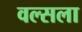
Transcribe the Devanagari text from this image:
वल्‍सला